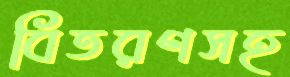
বিতরণসহ